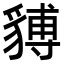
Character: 𧳵